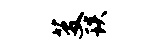
芟琰